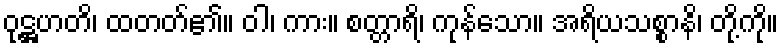
ဝုဋ္ဌဟတိ၊ ထတတ်၏။ ဝါ၊ ကား။ စတ္တာရိ၊ ကုန်သော။ အရိယသစ္စာနိ၊ တို့ကို။